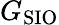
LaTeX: G_{\mathrm{SIO}}